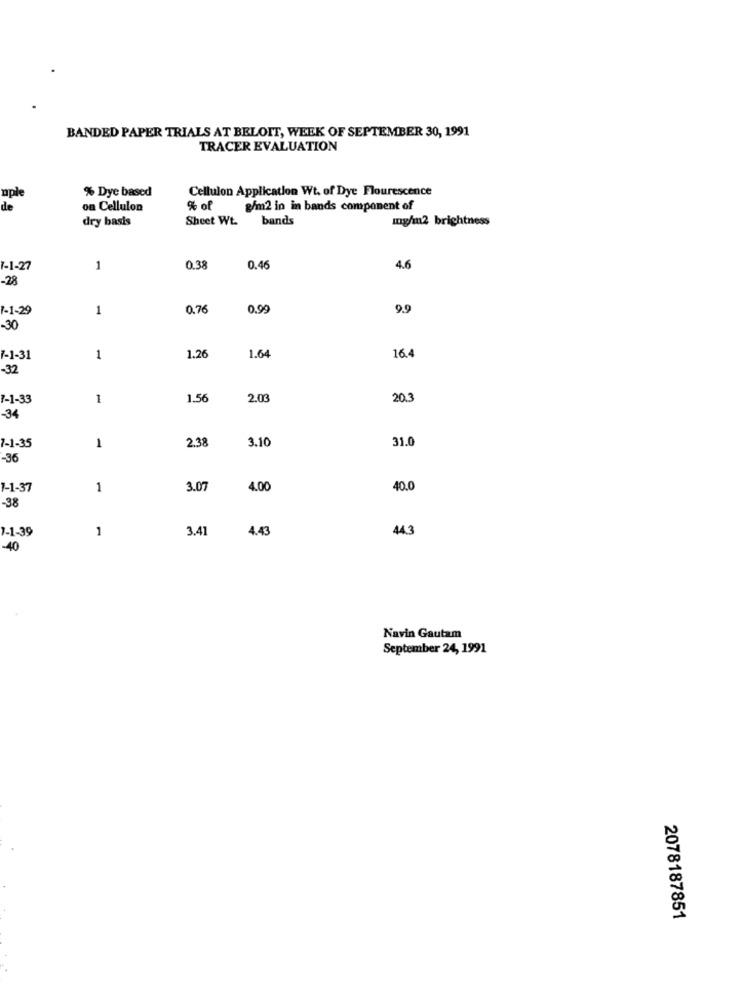
BANDED PAPER TRIALS AT BELOIT, WEEK OF SEPTEMBER 30, 1991
TRACER EVALUATION
% Dye based
Cellulon Application Wt. of Dye Flourescence
uple
de
on Cellulon
% of
g/m2 in in bands component of
dry basis
Sheet Wt.
bands
mg/m2 brightness
1-1-27
1
0.38
0.46
4.6
-28
1-1-29
1
0.76
0.99
9.9
-30
1.26
1.64
7-1-31
1
16.4
-32
1-1-33
1
1.5
2.00
20.3
-34
3.10
31.0
7-1-35
1
2.3
-36
1-1-37
1
3.0
4.00
40.0
-38
1-1-39
1
3.41
4.43
443
-40
Navin Gautam
September 24, 1991
2078187851